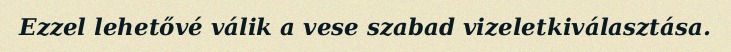
Ezzel lehetővé válik a vese szabad vizeletkiválasztása.